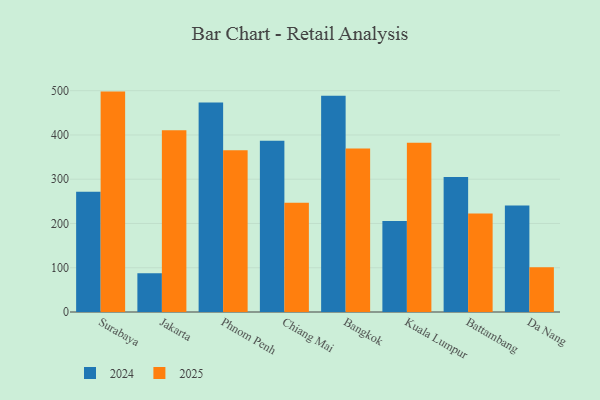
{"axis": {"x": "City", "y": "Active Users"}, "legend": ["2024", "2025"], "data": [{"x": "Surabaya", "y": 271.5, "type": "2024"}, {"x": "Surabaya", "y": 497.9, "type": "2025"}, {"x": "Jakarta", "y": 87.3, "type": "2024"}, {"x": "Jakarta", "y": 410.8, "type": "2025"}, {"x": "Phnom Penh", "y": 473.5, "type": "2024"}, {"x": "Phnom Penh", "y": 365.5, "type": "2025"}, {"x": "Chiang Mai", "y": 387.0, "type": "2024"}, {"x": "Chiang Mai", "y": 246.7, "type": "2025"}, {"x": "Bangkok", "y": 488.7, "type": "2024"}, {"x": "Bangkok", "y": 369.1, "type": "2025"}, {"x": "Kuala Lumpur", "y": 205.7, "type": "2024"}, {"x": "Kuala Lumpur", "y": 382.1, "type": "2025"}, {"x": "Battambang", "y": 304.7, "type": "2024"}, {"x": "Battambang", "y": 222.7, "type": "2025"}, {"x": "Da Nang", "y": 240.6, "type": "2024"}, {"x": "Da Nang", "y": 101.2, "type": "2025"}]}